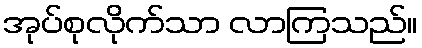
အုပ်စုလိုက်သာ လာကြသည်။